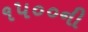
૧૫૦૦ની